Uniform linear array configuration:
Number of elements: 16
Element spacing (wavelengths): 1
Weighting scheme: uniform
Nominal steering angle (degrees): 45
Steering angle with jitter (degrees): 43.198
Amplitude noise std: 0.05
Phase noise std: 0.05

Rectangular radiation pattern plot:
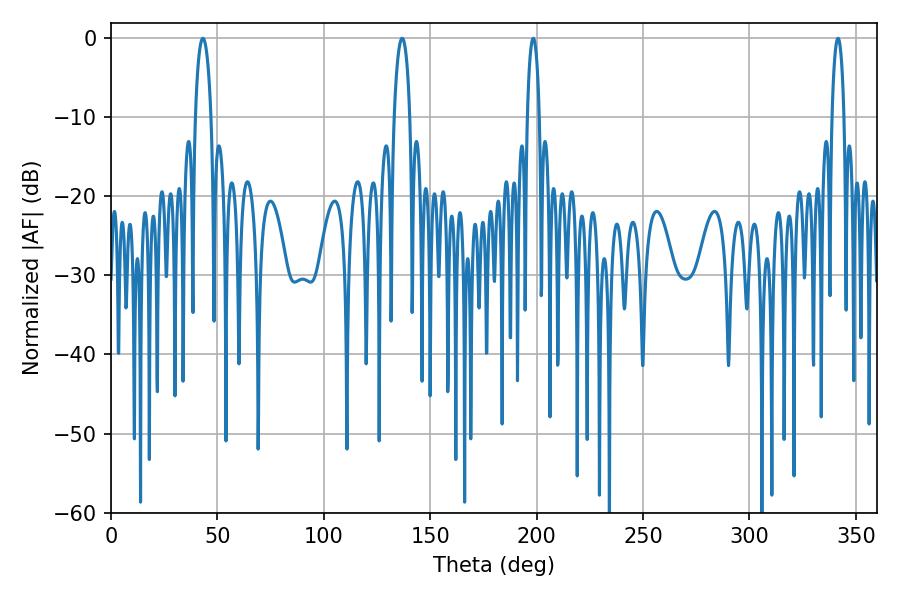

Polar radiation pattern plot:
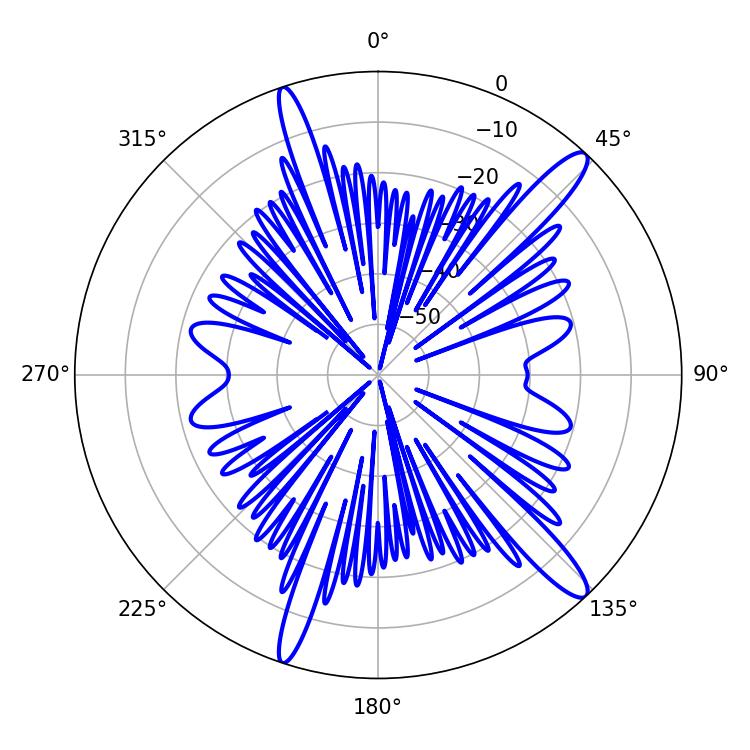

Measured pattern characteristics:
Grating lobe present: TRUE
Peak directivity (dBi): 14.31
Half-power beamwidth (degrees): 4.32
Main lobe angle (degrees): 43.2